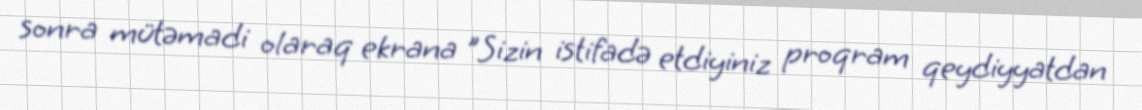
sonra mütəmadi olaraq ekrana "Sizin istifadə etdiyiniz proqram qeydiyyatdan